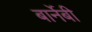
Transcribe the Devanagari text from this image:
बार्नेबी